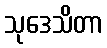
သုဒေသိတာ